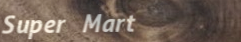
Super Mart